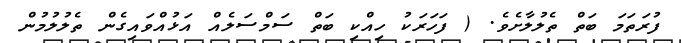
ފުރަތަމަ ބަތް ތެލުލާށެވެ. ( ފަހަރަކު ހިއްކި ބަތް ސަމްސަލެއް އަޅުއްވައިގެން ތެލުލުމުން